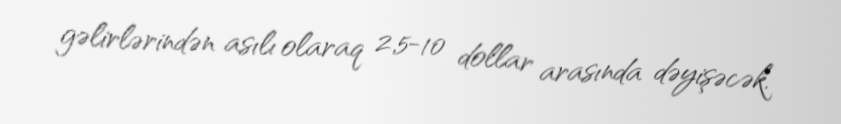
gəlirlərindən asılı olaraq 2,5-10 dollar arasında dəyişəcək.